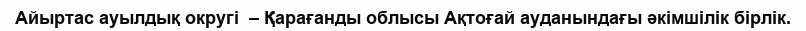
Айыртас ауылдық округі  – Қарағанды облысы Ақтоғай ауданындағы әкімшілік бірлік.